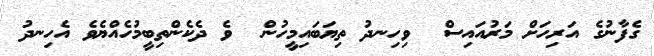
ގެފާނުގެ އަރިހަށް މަރުއައިސް  ވިހިނދު ތިޔަބައިމީހުން  ވެ ދެކެންތިބީމުހެއްޔެވެ އެހިނދު